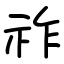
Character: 祚